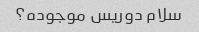
سلام دوریس موجوده؟